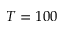
T = 1 0 0